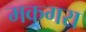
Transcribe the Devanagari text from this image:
मकगरा